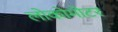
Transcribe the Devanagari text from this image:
लोकोमोटर